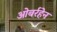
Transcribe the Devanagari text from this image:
ओबर्रहेन